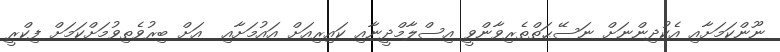
ނޫންކަމަށާއި އެކުދިންނަށް ނަސޭޙަތްތެރިވާންވީ އިސްލާމްދީނާއި ކައިރިއަށް އައުމަށާއި  އަށް ބިރުވެތިވުމަށްކަމަށް ފިކްރީ